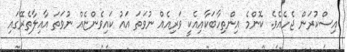
އިސްކުރަން ޖެހެއެވެ. ކޮންމެ އިންތިހާބަކާއިއެކީ ވަރިއެއް ނުވަތަ އައު ކައިވެންޏެއް ނުވަތަ އާއިލާތެރޭގައި